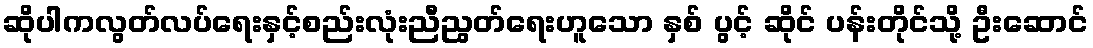
ဆိုပါကလွတ်လပ်ရေးနှင့်စည်းလုံးညီညွတ်ရေးဟူသော နှစ် ပွင့် ဆိုင် ပန်းတိုင်သို့ ဦးဆောင်